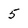
Character: 5